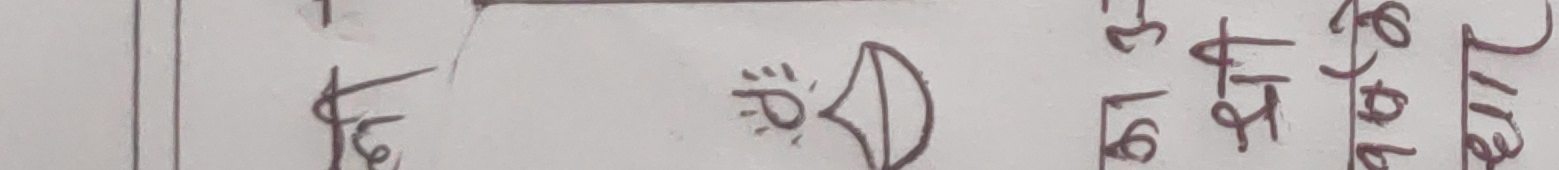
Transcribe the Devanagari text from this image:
जाब माथि ६ मुलै